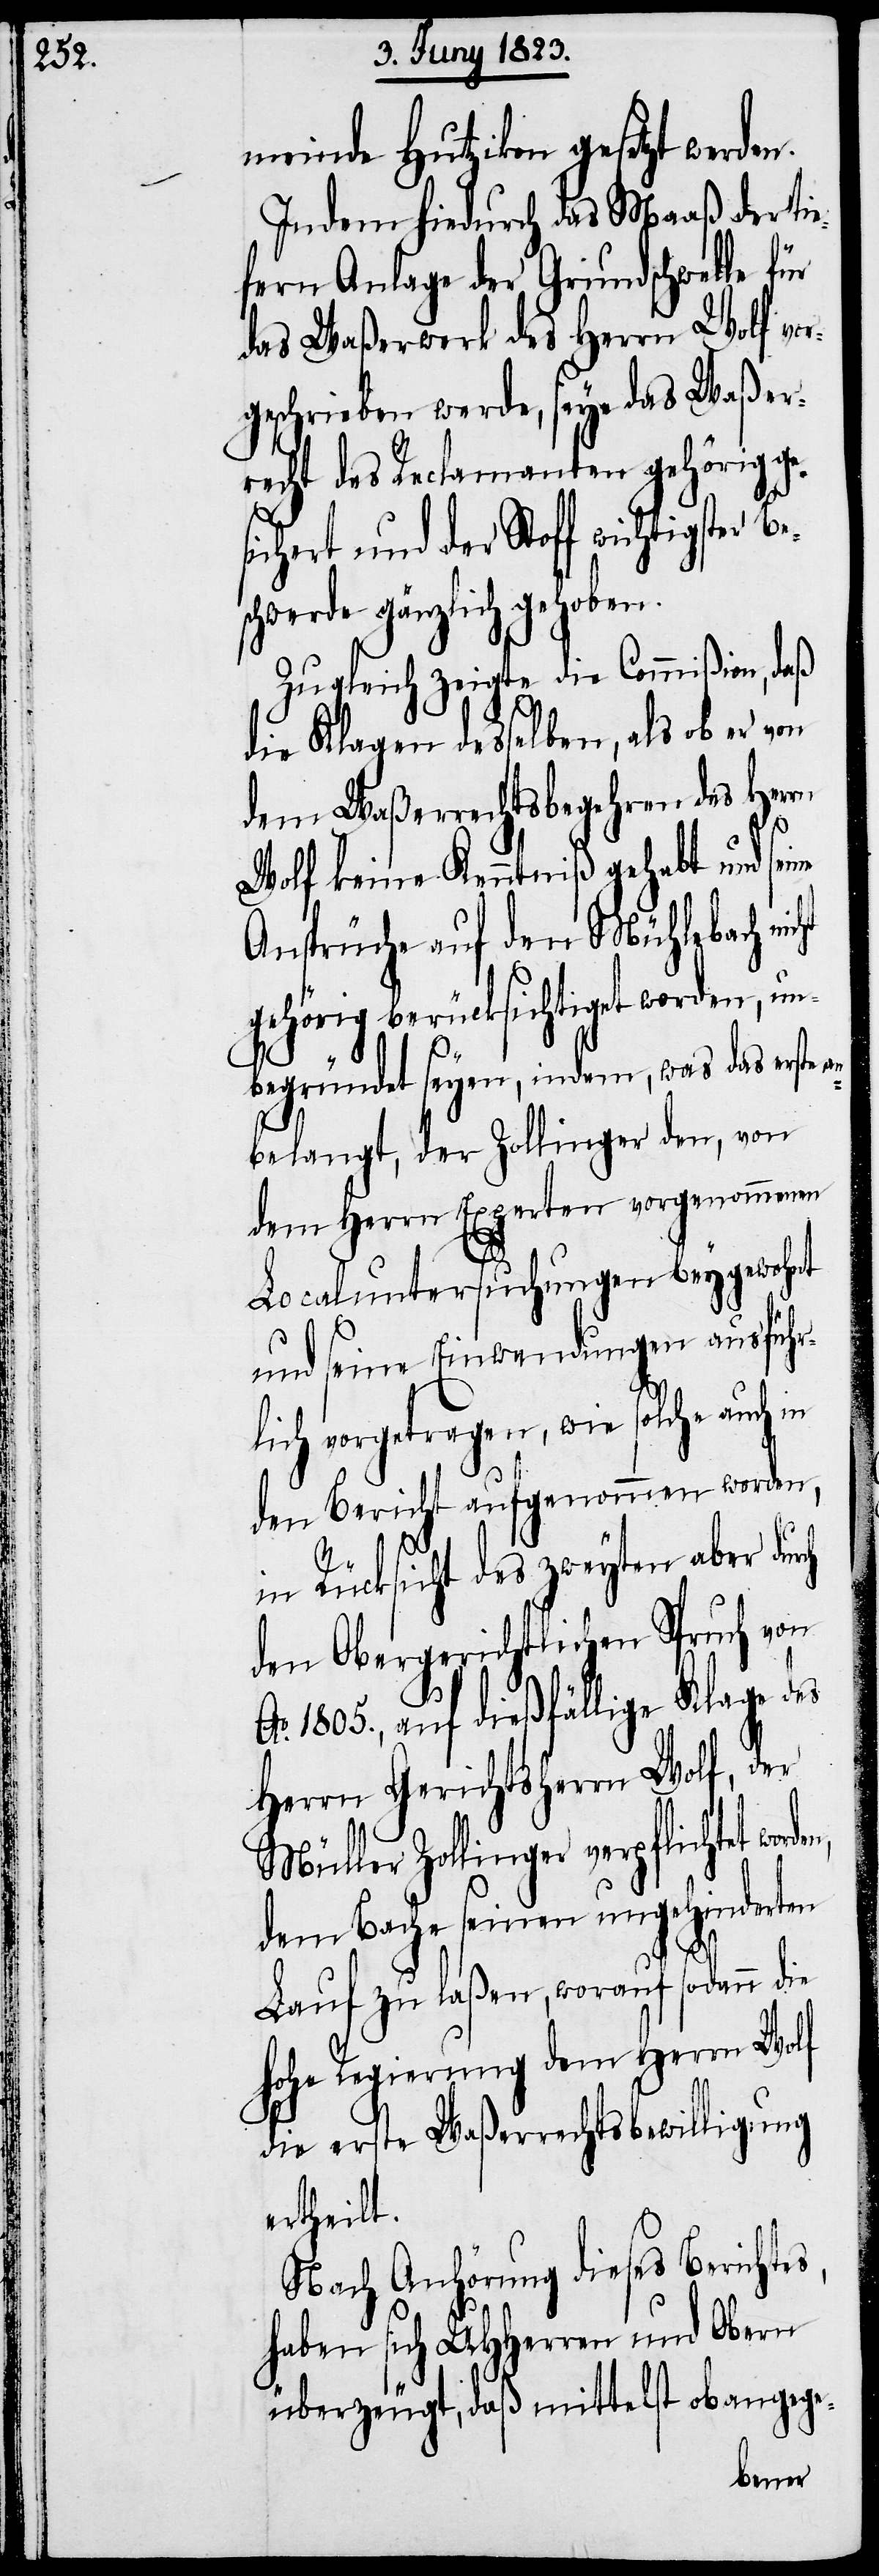
meinde Hutzikon gesetzt werden.
Indem hiedurch das Maaß der tie¬
fern Anlage der Grundschwelle für
das Waßerwerk des Herrn Wolf vor¬
geschrieben werde, seye das Waßer¬
recht des Reclamanten gehörig ge¬
ichert und der Stoff wichtigst¬
schwerde gänzlich gehoben.
Zugleich zeigte die Commißion, daß
die Klagen desselben, als ob er von
dem Waßerrechtsbegehren des Herrn
s,
Wolf keine Kenntniß gehabt und sei¬
Ansprüche auf den Mühlebach nic¬
gehörig berücksichtiget worden, un¬
begründet seyen, indem, was das erste
belangt, der Zollinger den, von
dem Herrn Experten vorgenommenen
Localuntersuchungen beygewohnt
und seine Einwendungen ausführ¬
lich vorgetragen, wie solche auch in
den Bericht aufgenommen worden,
in Rücksicht des zweyten aber dur¬
den Obergerichtlichen Spruch von
Ao. 1805., auf dießfällige Klage des
Herrn Gerichtsherrn Wolf, der
Müller Zollinger verpflichtet word¬
dem Bache seinen ungehinderten
Lauf zu laßen, worauf sodann die
hohe Regierung dem Herrn Wolf
die erste Waßerrechtsbewilligung
ertheilt.
Nach Anhörung dieses Berichte¬
haben sich UHHerren und Obern
überzeugt, daß mittelst obangege-
en,